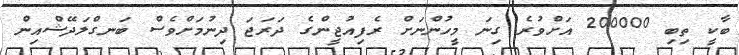
ބާކީ ތިބި 200000 އަށްވުރެ ގިނަ މީހުންނަށް ރެފިއުޖީންގެ ދަރަޖަ ދިނުމަށްވެސް ބަނގްލަދޭޝްއިން